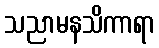
သညာမနသိကာရာ